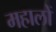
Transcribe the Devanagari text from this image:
महालों